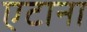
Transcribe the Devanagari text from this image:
एटाना